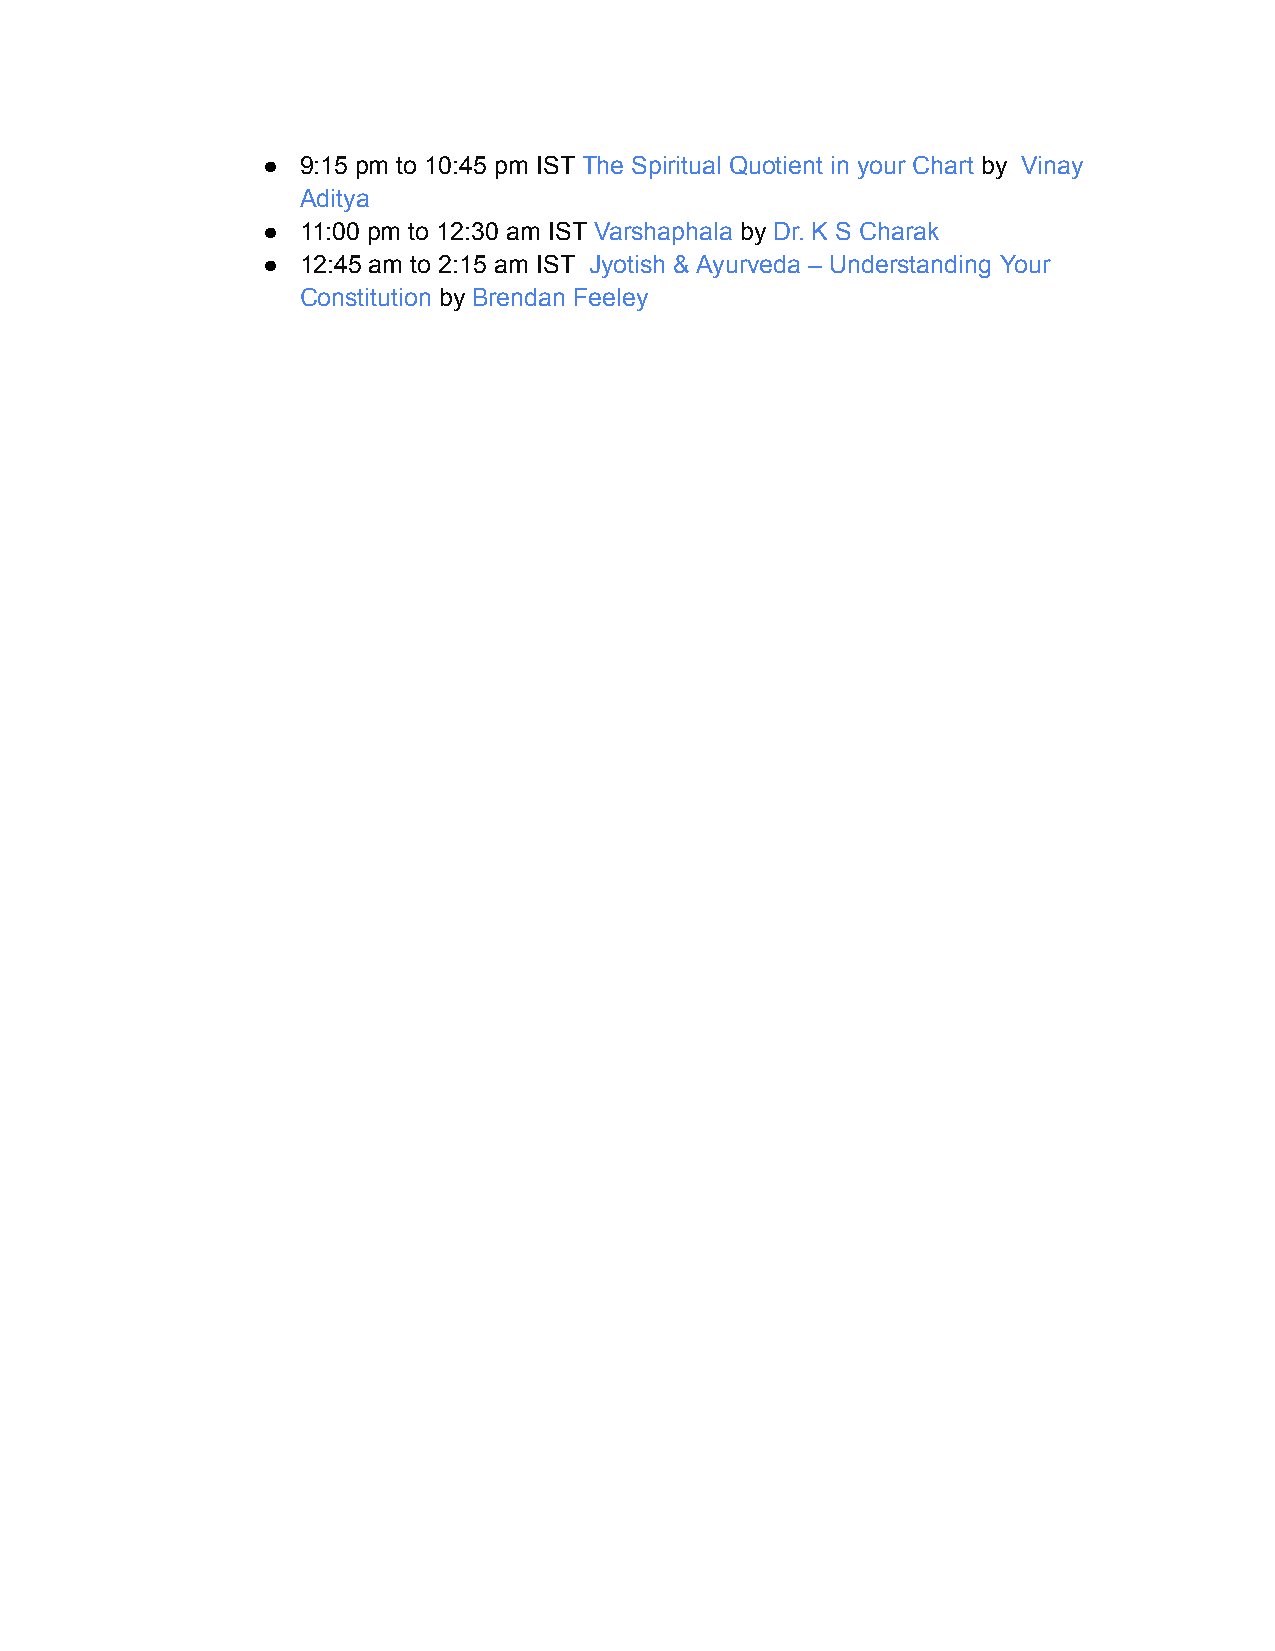
●  9:15 pm to 10:45 pm IST The Spiritual Quotient in your Chart by Vinay
 Aditya
 ●  11:00 pm to 12:30 am IST Varshaphala by Dr. K S Charak
 ●  12:45 am to 2:15 am IST Jyotish & Ayurveda – Understanding Your
 Constitution by Brendan Feeley